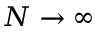
N \to \infty